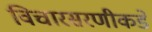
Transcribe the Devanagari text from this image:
विचारसरणीकडे